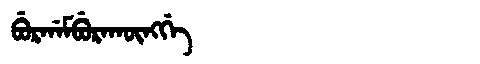
Manchu: ᠪᡠᡵᡤᠠᠮᠪᡠᡵᠠᡴᡡᠩᡤᡝ
Romanization: BURGAMBURAKŪNGGE